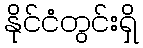
နိုင်ငံတွင်းရှိ